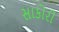
સાકોરી